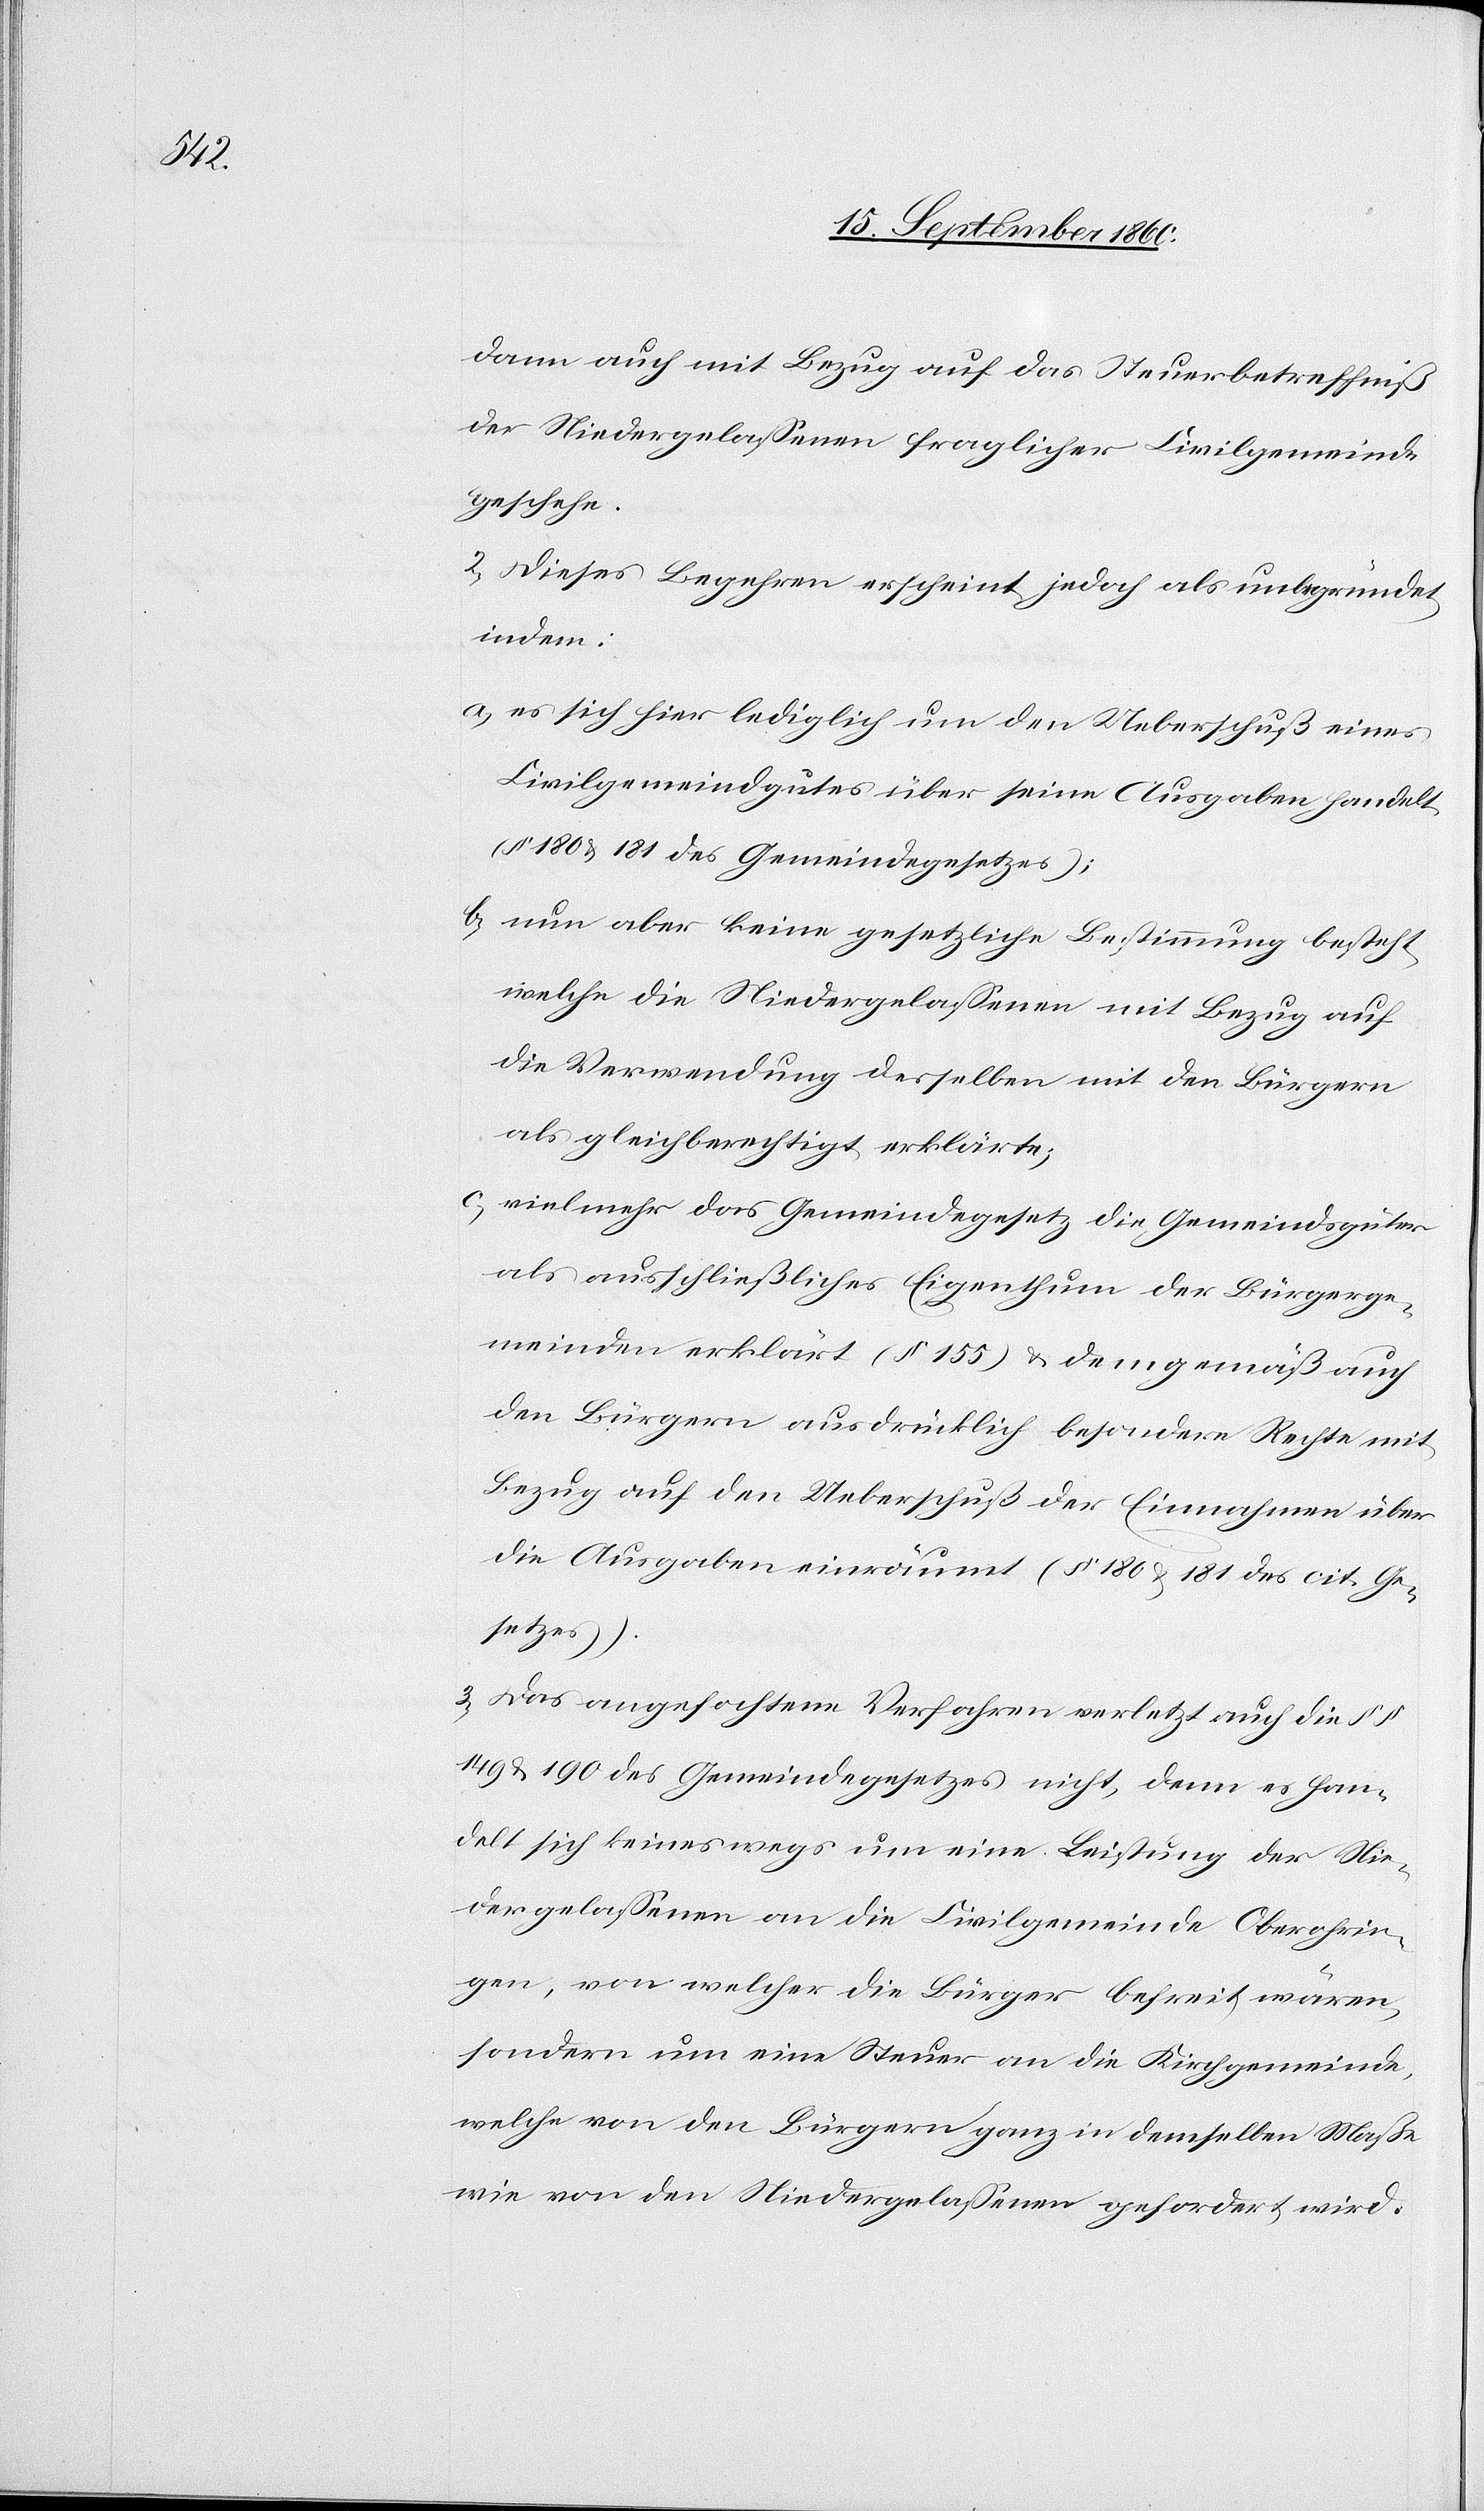
dann auch mit Bezug auf das Steuerbetreffniss
der Niedergelassenen fraglicher Civilgemeinde
geschehe.
2) Dieses Begehren erscheint jedoch als unbegründet,
indem
a) es sich hier lediglich um den Ueberschuss eines
Civilgemeindgutes über seine Ausgaben handelt
(§. 180 u. 181 des Gemeinds-Gesetzes)
b) nun aber keine Gesetzliche Bestimmung besteht,
welche die Niedergelassenen mit Bezug auf
die Verwendung desselben mit den Bürgern
als gleichberechtigt erklärte.
c) vielmehr das Gemeindegesetz die Gemeindgüter
als ausschliessliches Eigenthum der Bürgerge¬
meinden erklärt (§. 155.) u. demgemäss auch
den Bürgern ausdrücklich besondere Rechte mit
Bezug auf den Ueberschuss der Einnahmen über
die Ausgaben einräumt (§. 180 u. 181 des cit. Ge¬
setzes.)
3) das angefochtene Verfahren verletzt auch die §.
149 u. 190 des Gemeindegesetzes nicht, denn es han¬
delt sich keineswegs um eine Leistung der Nie¬
dergelassenen an die Civilgemeinde Oberohrin¬
gen, von welcher die Bürger befreit wären,
sondern um eine Steuer an die Kirchgemeinde,
welche von den Bürgern ganz in demselben Masse,
wie von den Niedergelassenen gefordert wird.